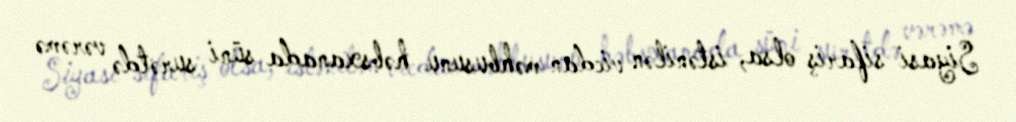
Siyasi sifariş olsa, istənilən vicdan məhbusunu həbsxanada süni surətdə vərəmə